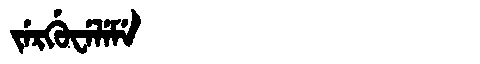
Manchu: ᠵᡝᡵᡤᡠᠸᡝᠯᡝᠮᡝ
Romanization: JERGUWELEME